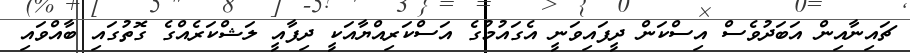
ޗައިނާއިން އަބަދުވެސް އިސްކަން ދީފައިވަނީ އެގައުމުގެ އަސްކަރިއްޔާއަކީ ދިފާއީ ލަޝްކަރެއްގެ ގޮތުގައި ބާއްވައި